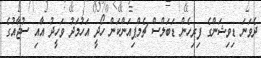
ދެވަަނަ ޑިވިޝަންގެ ފިިރިހެން ޑަބަލްސް ޗެމްޕިއަންކަން ހޯދީ އަހުމަދު ވަހީދު އާއި ސުޖާއުގެ